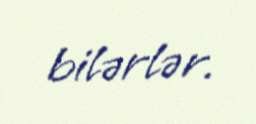
bilərlər.